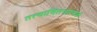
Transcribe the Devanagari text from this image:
तत्त्वाचिंतनात्मक